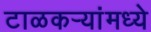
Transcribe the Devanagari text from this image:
टाळकऱ्यांमध्ये